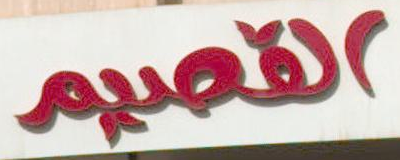
القصيم